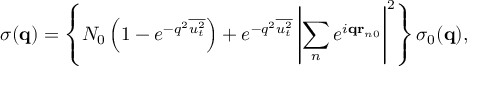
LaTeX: \sigma ( { \bf q } ) = \left\{ N _ { 0 } \left( 1 - e ^ { - q ^ { 2 } \overline { { { u _ { t } ^ { 2 } } } } } \right) + e ^ { - q ^ { 2 } \overline { { { u _ { t } ^ { 2 } } } } } \left| \sum _ { n } e ^ { i { \bf q r } _ { n 0 } } \right| ^ { 2 } \right\} \sigma _ { 0 } ( { \bf q } ) ,